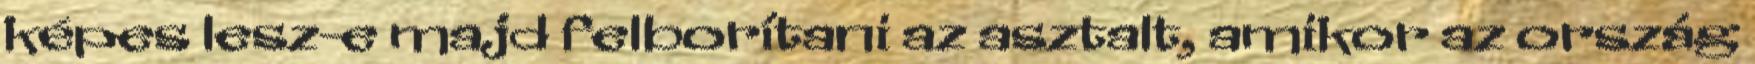
képes lesz-e majd felborítani az asztalt, amikor az ország